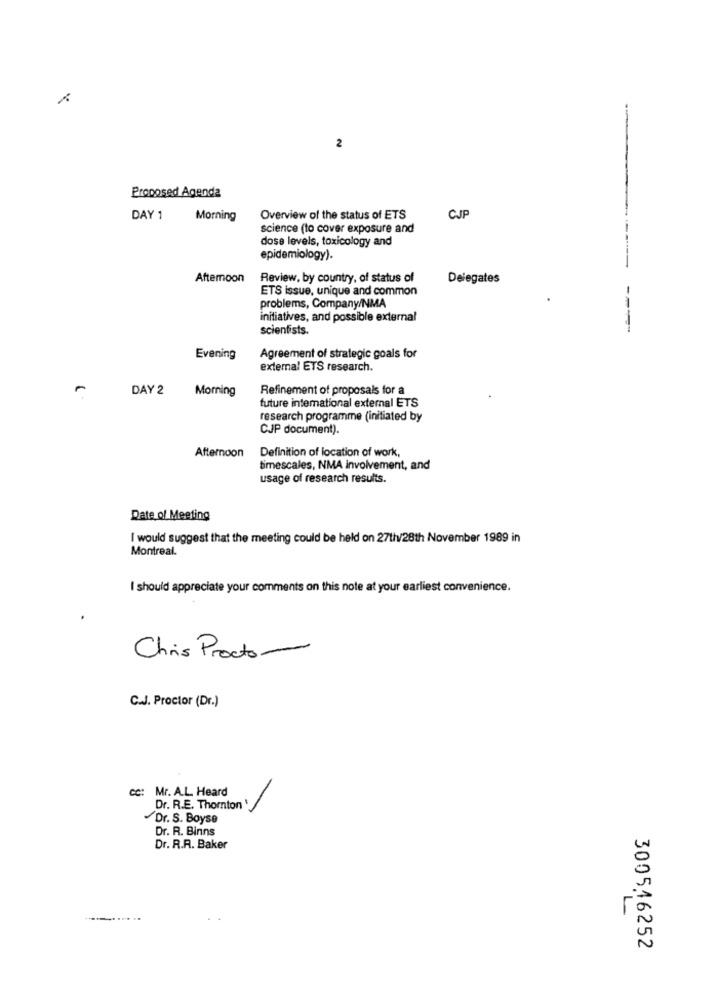
2
Proposed Agenda
DAY 1
Morning
Overview of the status of ETS
CJP
science (to cover exposure and
dose levels, toxicology and
epidemiology).
--
Aftemoon
Review, by country, of status of
Delegates
ETS issue, unique and common
problems, Company/NMA
initiatives, and possible external
scientists.
Evening
Agreement of strategic goals for
external ETS research.
DAY 2
Morning
Refinement of proposals for a
future international external ETS
research programme (initiated by
CJP document).
Definition of location of work,
Afternoon
timescales, NMA involvement, and
usage of research results.
Date of Meeting
I would suggest that the meeting could be held on 27th/28th November 1989 in
Montreal.
I should appreciate your comments on this note at your earliest convenience.
Chris Procto-
C.J. Proctor (Dr.)
cc: Mr. A.L. Heard
Dr. R.E. Thornton '
Dr. S. Boyse
Dr. R. Binns
Dr. R.R. Baker
3005,46252